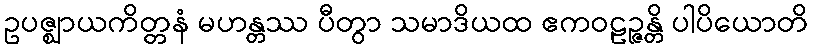
ဥပဇ္ဈာယကိတ္တနံ မဟန္တဿ ပီတွာ သမာဒိယထ ဧကဝဠဉ္ဇန္တိ ပါပိယောတိ